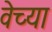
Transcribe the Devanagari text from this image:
वेच्या